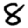
Digit: 8